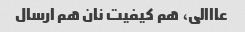
عااالی، هم کیفیت نان هم ارسال